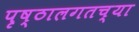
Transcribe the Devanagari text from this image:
पृष्ठालगतच्या